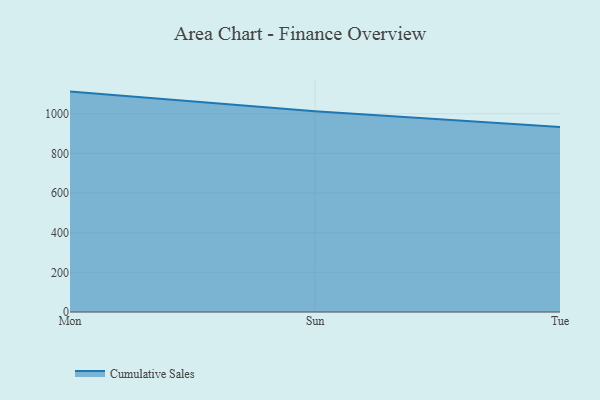
{"axis": {"x": "Day", "y": "Humidity (%)"}, "legend": ["Cumulative Sales"], "data": [{"x": "Mon", "y": 1111.6, "type": "Cumulative Sales"}, {"x": "Sun", "y": 1013.0, "type": "Cumulative Sales"}, {"x": "Tue", "y": 932.7, "type": "Cumulative Sales"}]}